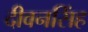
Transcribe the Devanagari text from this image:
दीवनसिंह